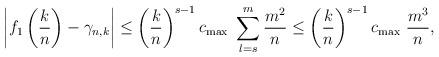
LaTeX: \begin{align*} \left| f_1\left( \frac{k}{n} \right) - \gamma_{n,k}\right|\le\left( \frac{k}{n} \right)^{s - 1} c_{\operatorname{max}} \ \sum_{l=s}^{m }\frac{m^2}{n}\le\left( \frac{k}{n} \right)^{s - 1} c_{\operatorname{max}} \ \frac{m^3}{n},\end{align*}